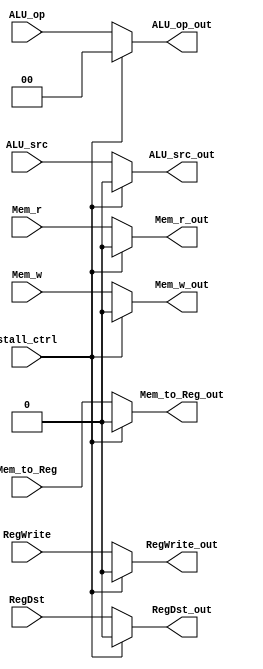
module Stall_MUX(
    // Outputs
    output wire RegDst_out,
    output wire RegWrite_out,
    output wire [1:0] ALU_op_out,
    output wire ALU_src_out,
    output wire Mem_w_out,
    output wire Mem_r_out,
    output wire Mem_to_Reg_out,
    // Inputs
    input wire RegDst,
    input wire RegWrite,
    input wire [1:0] ALU_op,
    input wire ALU_src,
    input wire Mem_w,
    input wire Mem_r,
    input wire Mem_to_Reg,
    input wire stall_ctrl
);

    assign RegDst_out = (stall_ctrl) ? 1'b0 : RegDst;
    assign RegWrite_out = (stall_ctrl) ? 1'b0 : RegWrite;
    assign ALU_op_out = (stall_ctrl) ? 2'b00 : ALU_op;
    assign ALU_src_out = (stall_ctrl) ? 1'b0 : ALU_src;
    assign Mem_w_out = (stall_ctrl) ? 1'b0 : Mem_w;
    assign Mem_r_out = (stall_ctrl) ? 1'b0 : Mem_r;
    assign Mem_to_Reg_out = (stall_ctrl) ? 1'b0 : Mem_to_Reg;

endmodule